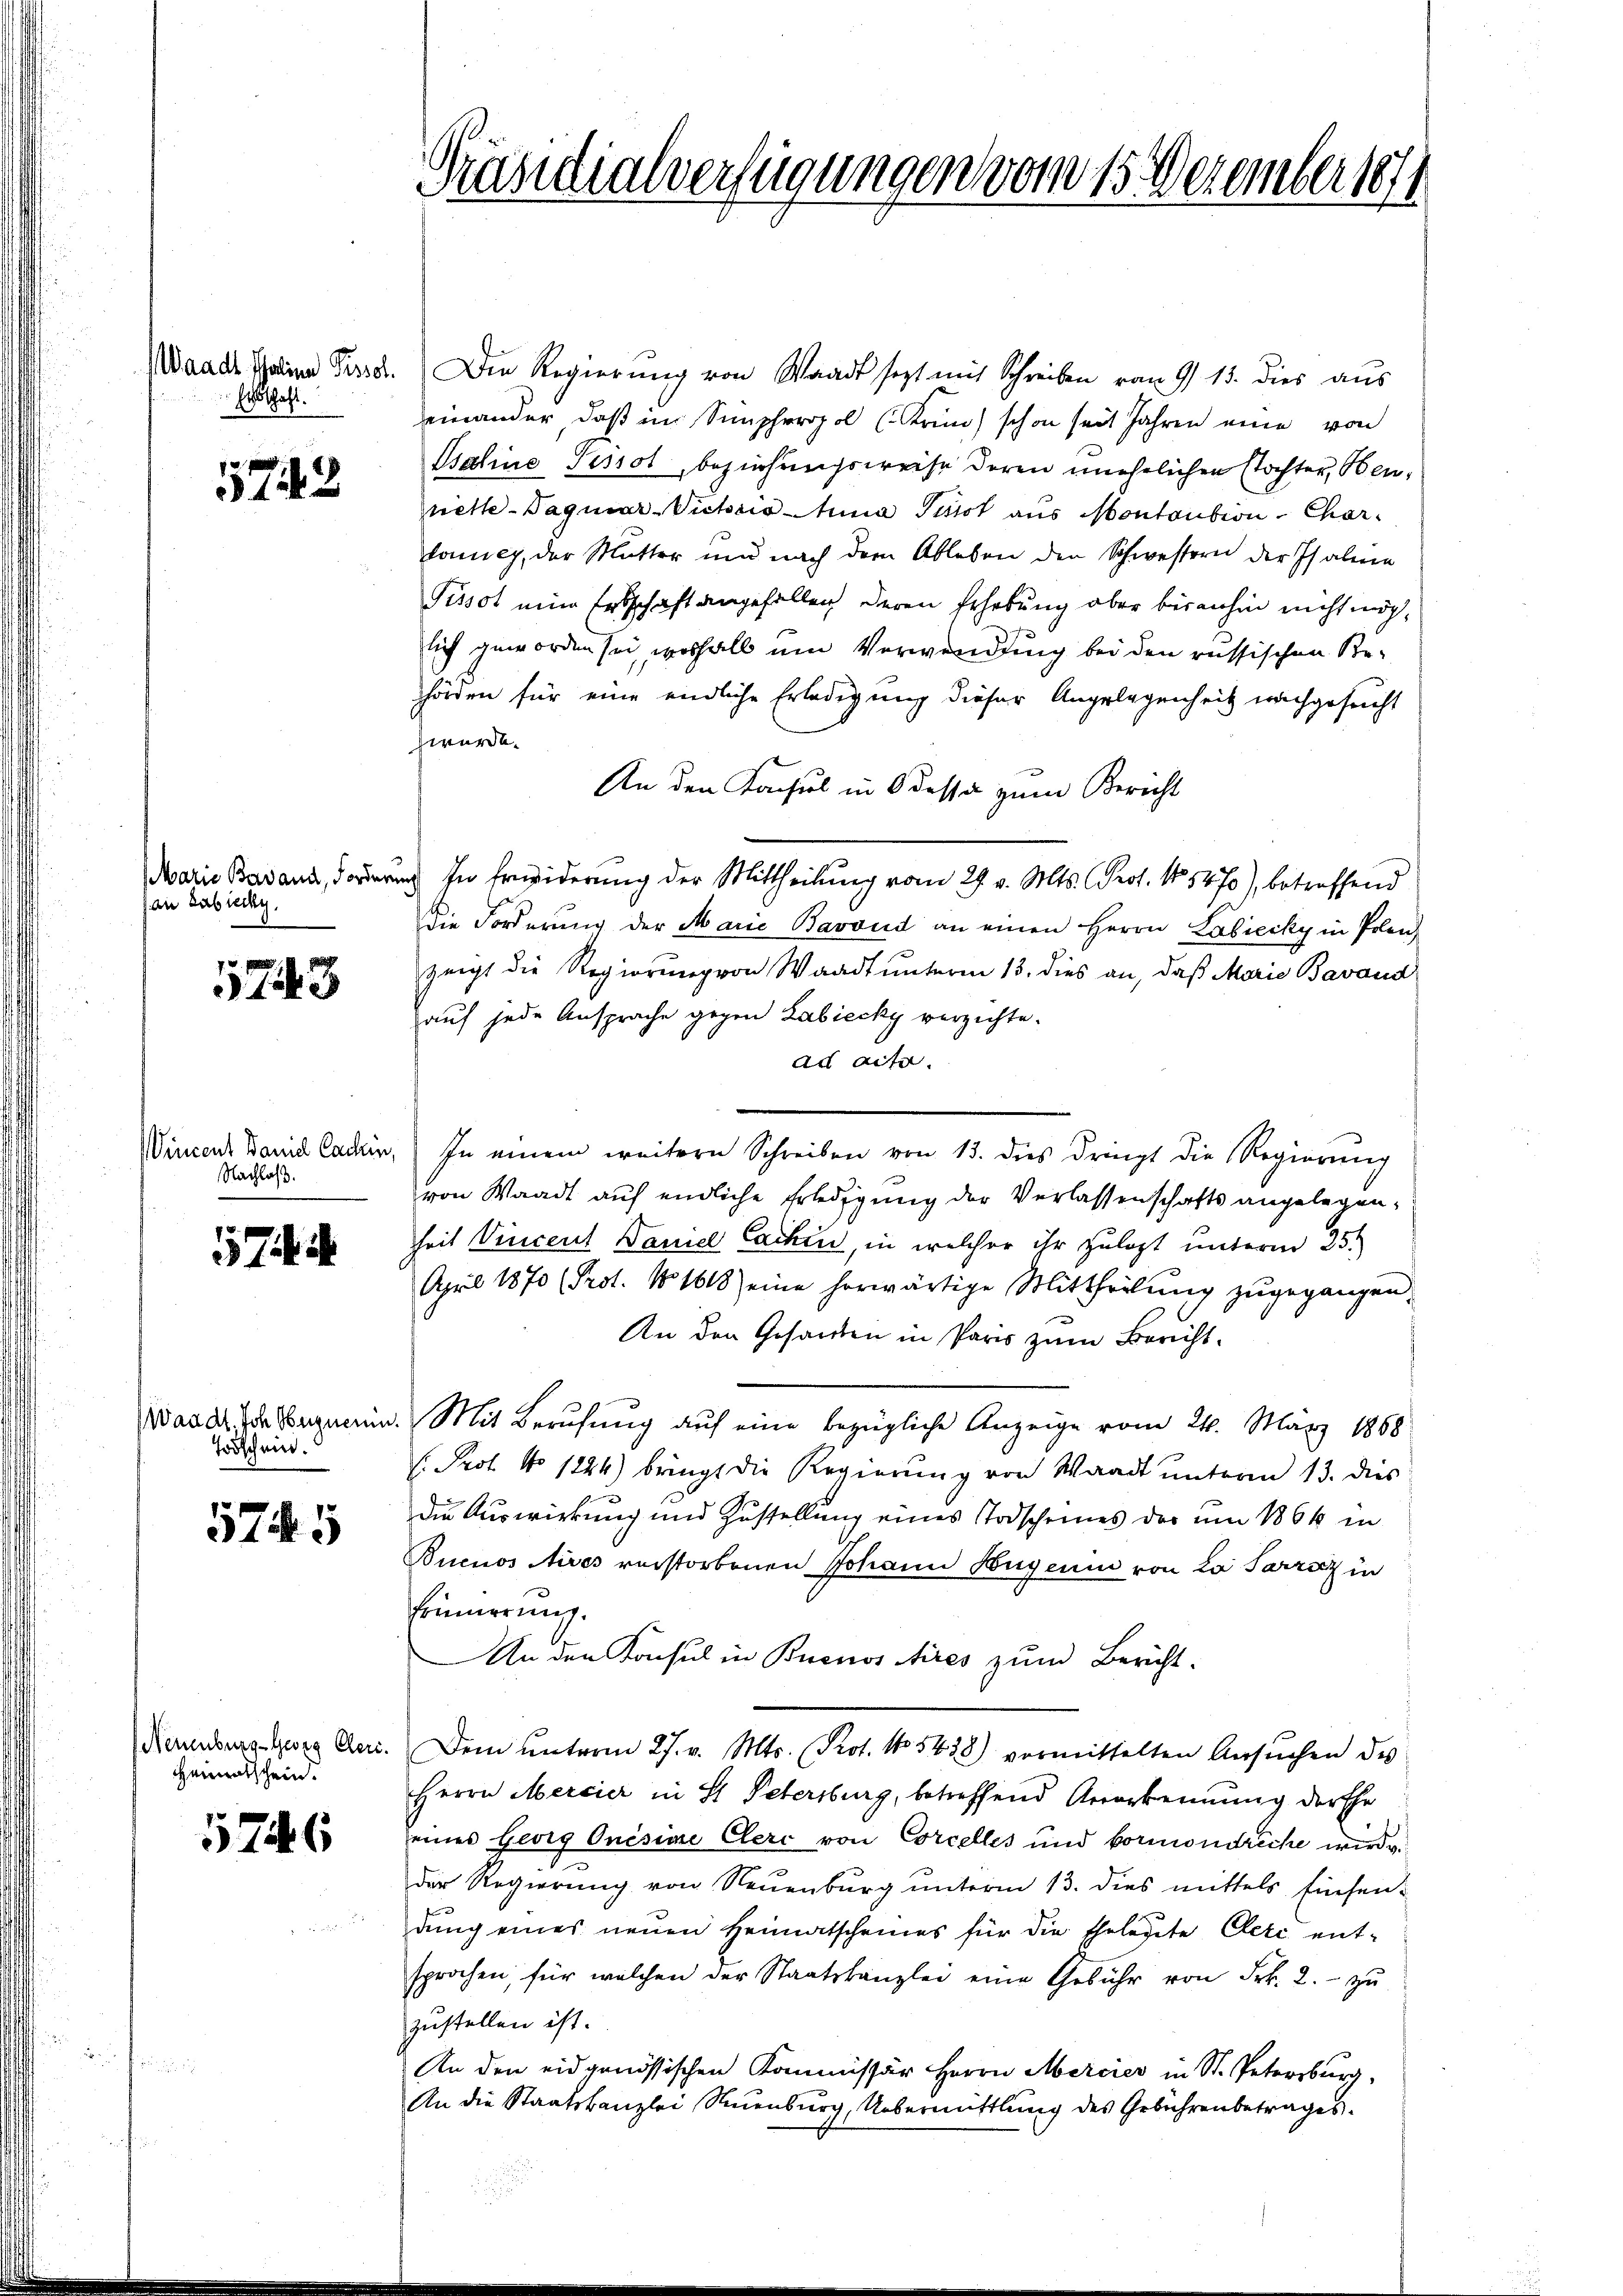
Erschaft.

1743

Marie Bavand, Forde
ai Labiecky.

73

Wincent Daniel Cachen,
Nachlaß.

Todschein.

574. 5

Heimatschein.

5746

Präsidialverfügungen vom 15. Dezember 1871

Waadt Schein Pass. Die Regierung von Waadt sezt mit Schreiben vom 9. 15. dies aus
einander, daß im Simphropol (Krin schon seit Jahren eine von
Isaline Pissol, beziehungsweise deren unehelichen stochter, Neunette - Daquar-Vicario hina Pilot aus Montantion Charlonne, der Mutter und nach dem Ableben den Schwestern der Isalena
Pissot eine Erbschaft angefallen deren Erhebung aber bisanhin nicht möglich geworden sei, weshalb um Verwendung bei den russischen Behörden für eine endliche Erledigung dieser Angelegenheit nachgesucht
hwürde.
An den Konsul in Odessa zum Bericht
ruch in Erwiderung der Mittheilung vom 29. v. Mts. (Prot. No. 5470), betreffend
die Forderung der Marie Bavoud an einen Herrn Labiecky in Polen
zeigt die Regierung von Waadt unterm 13. dies an, daß Marie Bavand
auf jede Ansprache gegen Labiecky verzichte.
ad acte.
In einem weitern Schreiben von 13. dies dringt die Regierŭng
von Waadt auf endliche Erledigung der Verlassenschafts angelegen,
heit Vincent Daniel Cachen, in welcher ihr zulezt unterm 25.
April 1870 (Prot. N. 1618) eine herwärtige Mittheilŭng zugegangen.
An den Gesanden in Paris zum Bericht¬
Ward der Hegnen. Mit Berufung auf eine bezügliche Anzeige vom 24. März 1868
. Prof. No 1224) bringt die Regierŭng von Waadt ŭnterm 13. dies
die Auswirkung und Zustellung eines Todscheines der um 1866 in
Buenos Aires verstorbenen Johann Hugenin von La Parziz in
Erinnerung.
An den Konsul in Buenos Aires zum Bericht.
Rernburg Georg Geri. Dem ŭnterm 27. v. Mts. Prot. No 5438) vormittelten Ansŭchen des
Herrn Mercier in St. Petersburg, betreffend Anerkennung der Ehe
eines Georg Onésine Cleri von Corcelles und vormondreche wird.
der Regierŭng von Neuenburg ŭnterm 13. dies mittels Einsen-
dung eines neuen Heimatscheines für die Ehelegte Cerc entsprochen, für welchen der Staatskanzlei eine Gebühr von Frk. 2.- zŭ
zustellen ist.
An den eidgenössischen Kommissär Herrn Mercier in St. Petersburg,
An die Staatskanzlei Neuenburg, Uebermittlung des Gebührenbetrages.